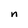
Character: n